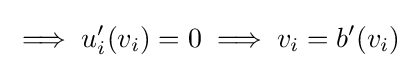
\implies u_{i}'(v_{i})=0\implies v_{i}=b'(v_{i})